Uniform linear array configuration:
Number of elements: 12
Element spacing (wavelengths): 0.25
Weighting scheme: uniform
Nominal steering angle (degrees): -30
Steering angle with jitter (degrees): -28.96
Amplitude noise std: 0.05
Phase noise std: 0.05

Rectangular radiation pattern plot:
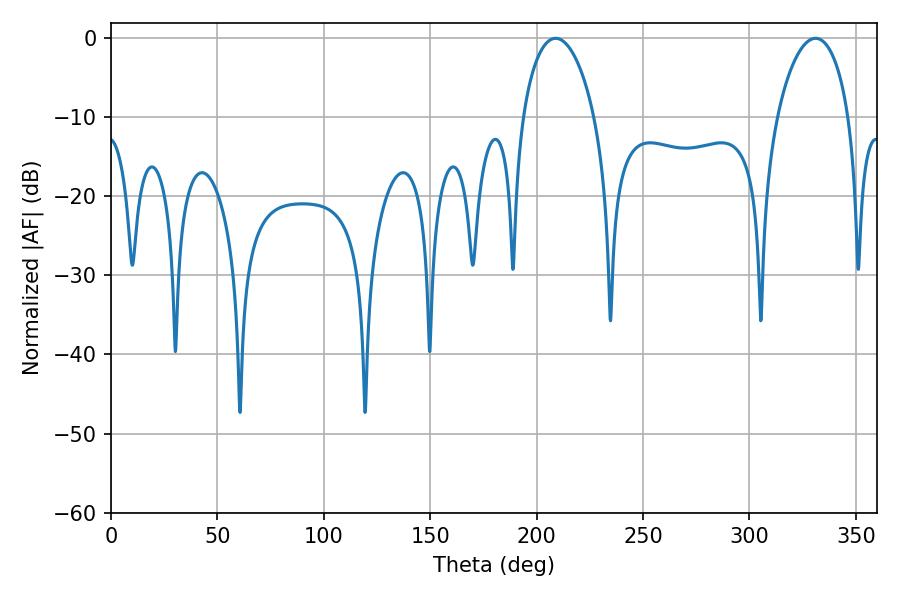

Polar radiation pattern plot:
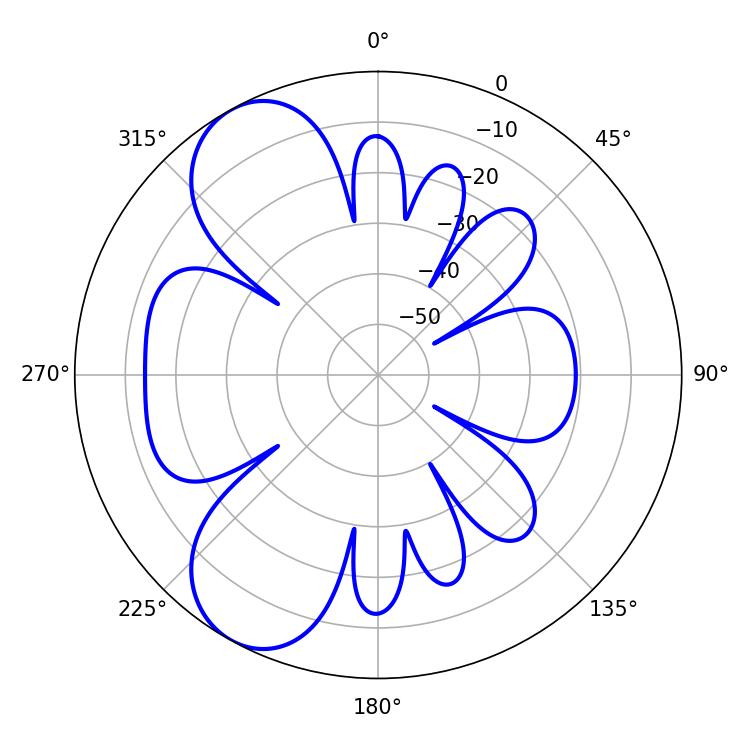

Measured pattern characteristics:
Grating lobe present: FALSE
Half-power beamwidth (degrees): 19.26
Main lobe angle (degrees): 208.98